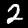
Label: 2